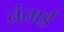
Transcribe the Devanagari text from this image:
तंताई